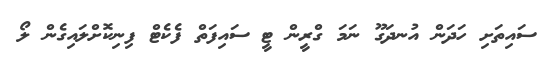
ސައިތަށި ހަދަން އުނދަގޫ ނަމަ ގްރީން ޓީ ސައިފަތް ފެކެޓް ފިނިކޮށްލައިގެން ލޯ